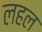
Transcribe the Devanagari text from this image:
लहल